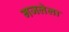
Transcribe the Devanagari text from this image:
गजलेला